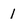
Character: 1